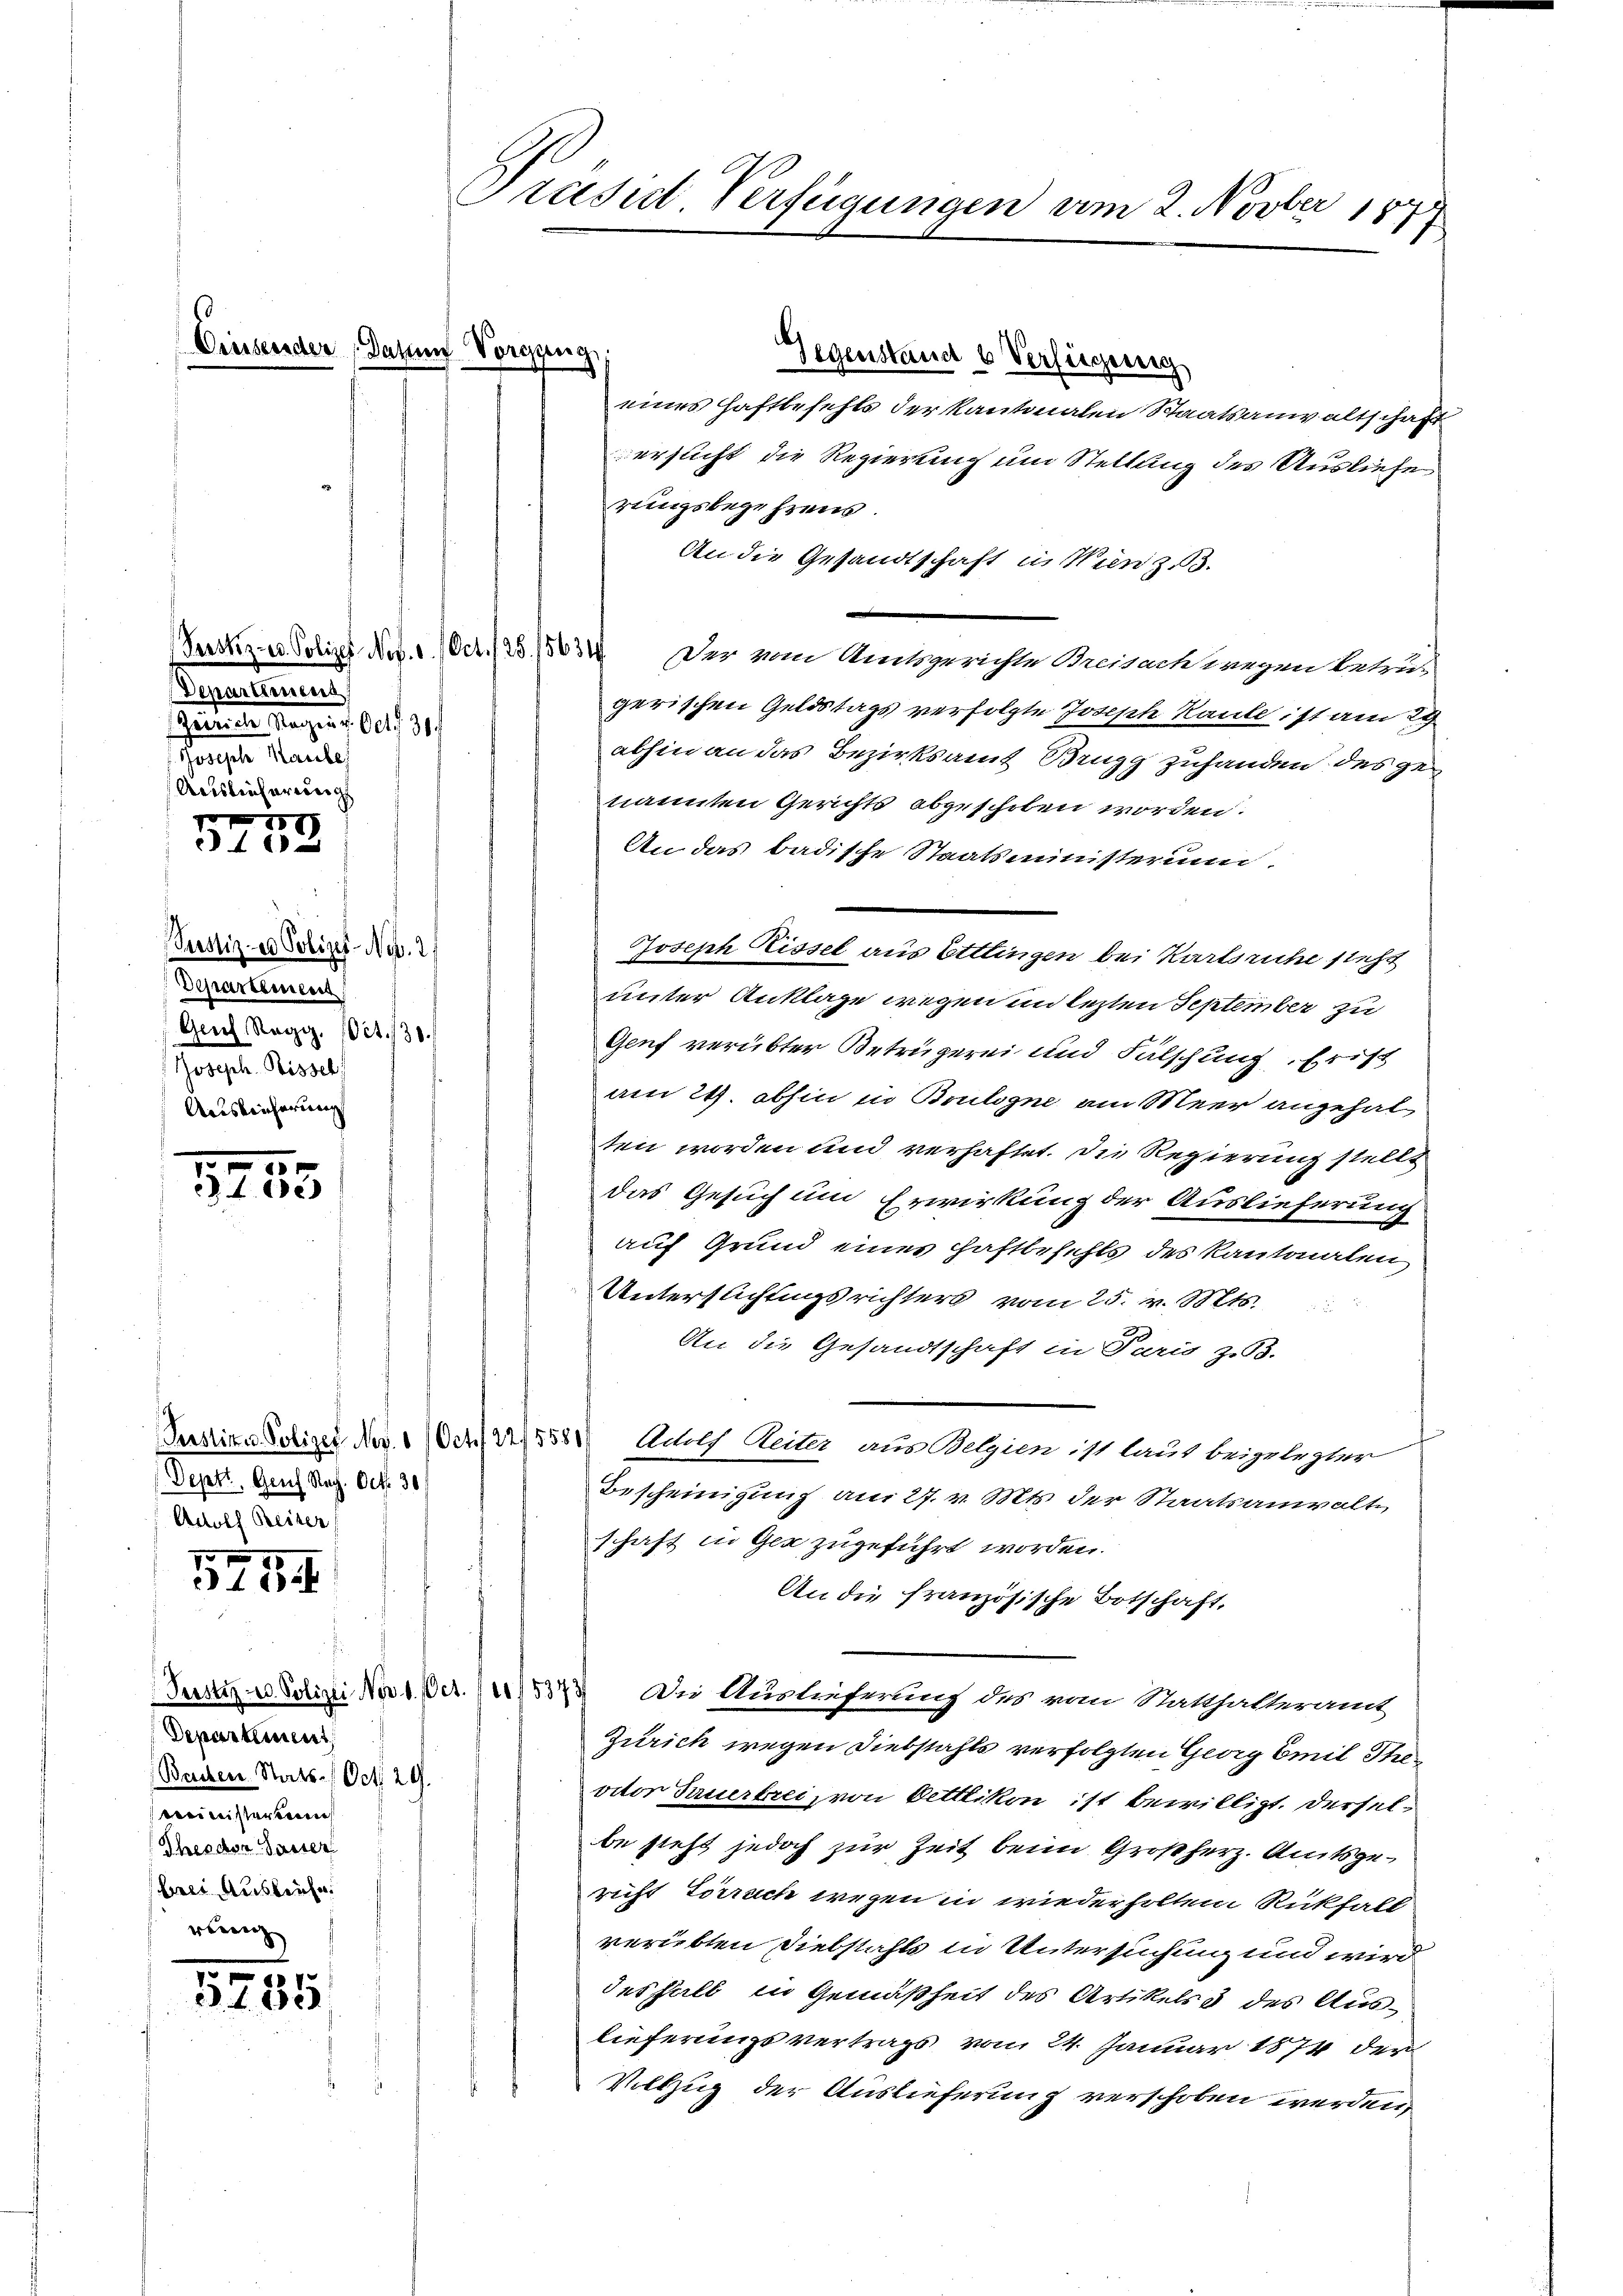
1

7.
4 e

5754

5785

Cinsender (Datum Vorgang

Pustiz- & Polizei-No. 2
Departement
Geuf Regg. Oct. 130.
Joseph. Bissel
Auslicherung

Gegenstand u Verfügung
eines Haftbefehls der Kantonalen Staatsanwaltschaft
versicht die Regierung um Stellung des Ausliefe
rungsbegehrens.
An die Gesandtschaft in Winz. B.
Gersten Polize No. 1. Oct. 125. 15634. Der vom Amtsgerichte Breisackingen betru-
gerischen Geldstags verfolgte Joseph Raube ist am 29
abhin an das Bezirksamt Brugg zuhanden des genannten Gerichts abgeschoben worden.
An das badische Staatsministerium.
Joseph Kissel aus Ettingen bei Karlsruhe steht
unter Anklage wegen im lezten September zu
Genf verübter Betrügerei und Fälschung. Frist
am 24. abhin in Brulogne am Meer angehalten worden und verhaftet. Die Regierung stellt
das Gesuch um Erwirkung der Auslieferung
auf Grund eines Haftbefehls des Kantonalen
Unterflichtigsrichters vom 25. v. Mts.
An die Gesandtschaft in Paris zu.
Persite Polizei Nov. 1 Oct. 1225581) Adolf Seiter aus Welzien ist laut beigelegter
Bescheinigung am 27. v. Mts. der Staatsanwalte
schaft in Gen zugeführt worden.
An die französische Botschaft,
Justiz & Polizei No 1. Der. (15373. Die Auslieferung des von Statthalteramt
Zürich wegen Diebstahls verfolgten Georg Emil Theoctor Gauerbrei von Oettlikon ist bewilligt. Derselbe steht jedoch zur Zeit beim Großherz. Amtsgericht Torruch wegen in wiederholtem Rückfall
verübten Diebstahls in Untersuchung und wird
desfall in Gemäßheit des Artikels 3 des Auslieferungsvertrags vom 24. Januar 1874 der
Vollzug der Auslieferung verschoben werden,

Präsut-Verfügungen am 2. Novber 1877

Departement
Bauten Stats- / Oct. 29.
ccinistorbene
Theodor Gasser
berei Ausbrüche.
wenig

Departienten,
Juristen Tagen 1. Oct. 31.
oanete Maules
Auslieferung

Deptt. Genf Reg. Oct. 30.
Adolf Beiter